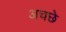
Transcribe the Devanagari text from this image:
अचछे